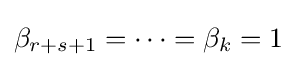
\beta _{r+s+1}=\cdots =\beta _{k}=1